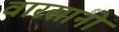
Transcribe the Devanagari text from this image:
वारसानो